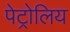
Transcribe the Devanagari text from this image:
पेट्रोलिय